Code of medical and sanitary regulations for the guidance of medical officers serving in the Madras Presidency - Volume I
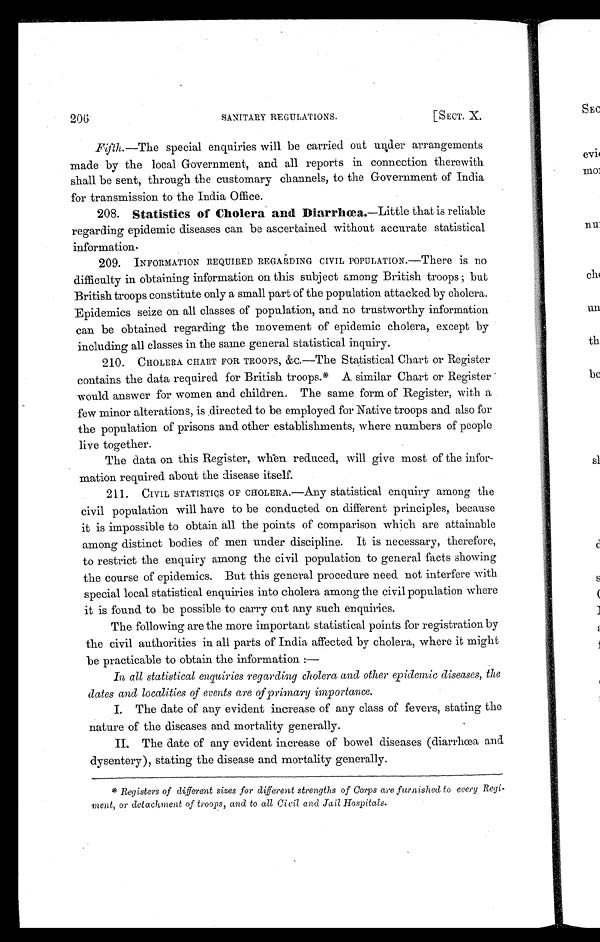
206
SANITARY REGULATIONS.
[SECT. X.
Fifth. —The special enquiries will be carried out under arrangements
made by the local Government, and all reports in connection therewith
shall be sent, through the customary channels, to the Government of India
for transmission to the India Office.
208. Statistics of Cholera and Diarrhœa.—Little that is reliable
regarding epidemic diseases can be ascertained without accurate statistical
information.
209. INFORMATION REQUIRED REGARDING CIVIL POPULATION.—There is no
difficulty in obtaining information on this subject among British troops ; but
British troops constitute only a small part of the population attacked by cholera.
Epidemics seize on all classes of population, and no trustworthy information
can be obtained regarding the movement of epidemic cholera, except by
including all classes in the same general statistical inquiry.
210. CHOLERA CHART FOR TROOPS, &C.—The Statistical Chart or Register
contains the data required for British troops.* A similar Chart or Register
would answer for women and children. The same form of Register, with a
few minor alterations, is directed to be employed for Native troops and also for
the population of prisons and other establishments, where numbers of people
live together.
The data on this Register, when reduced, will give most of the infor-
mation required about the disease itself.
211. CIVIL STATISTICS OF CHOLERA.—Any statistical enquiry among the
civil population will have to be conducted on different principles, because
it is impossible to obtain all the points of comparison which are attainable
among distinct bodies of men under discipline. It is necessary, therefore,
to restrict the enquiry among the civil population to general facts showing
the course of epidemics. But this general procedure need not interfere with
special local statistical enquiries into cholera among the civil population where
it is found to be possible to carry out any such enquiries.
The following are the more important statistical points for registration by
the civil authorities in all parts of India affected by cholera, where it might
be practicable to obtain the information : —
In all statistical enquiries regarding cholera and other epidemic diseases, the
dates and localities of events are of primary importance.
I. The date of any evident increase of any class of fevers, stating the
nature of the diseases and mortality generally.
II. The date of any evident increase of bowel diseases (diarrhœa and.
dysentery), stating the disease and mortality generally.
* Registers of different sizes for different strengths of Corps are furnished to every Regi-
ment, or detachment of troops, and to all Civil and Jail Hospitals.